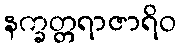
နက္ခတ္တရာဇာရိဝ